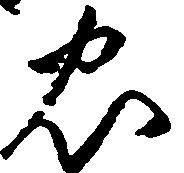
忠